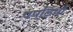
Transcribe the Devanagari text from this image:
पपड़ियाँ